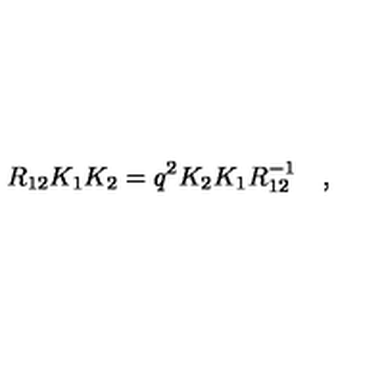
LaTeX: R _ { 1 2 } K _ { 1 } K _ { 2 } = q ^ { 2 } K _ { 2 } K _ { 1 } R _ { 1 2 } ^ { - 1 } \quad ,